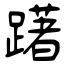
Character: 躇